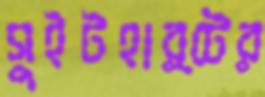
সুইটহার্টের